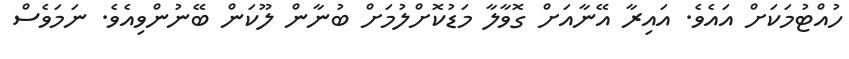
ހުއްޓުމަކަށް އައެވެ. އައިރާ އޭނާއަށް ގޮވާލާ މަޑުކޮށްލުމަށް ބުނާން ލޫކަން ބޭނުންވިއެވެ. ނަމަވެސް